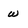
Character: w